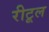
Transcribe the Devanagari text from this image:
रीटूल